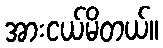
အားငယ်မိတယ်။